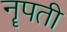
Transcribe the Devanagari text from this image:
नॄपती